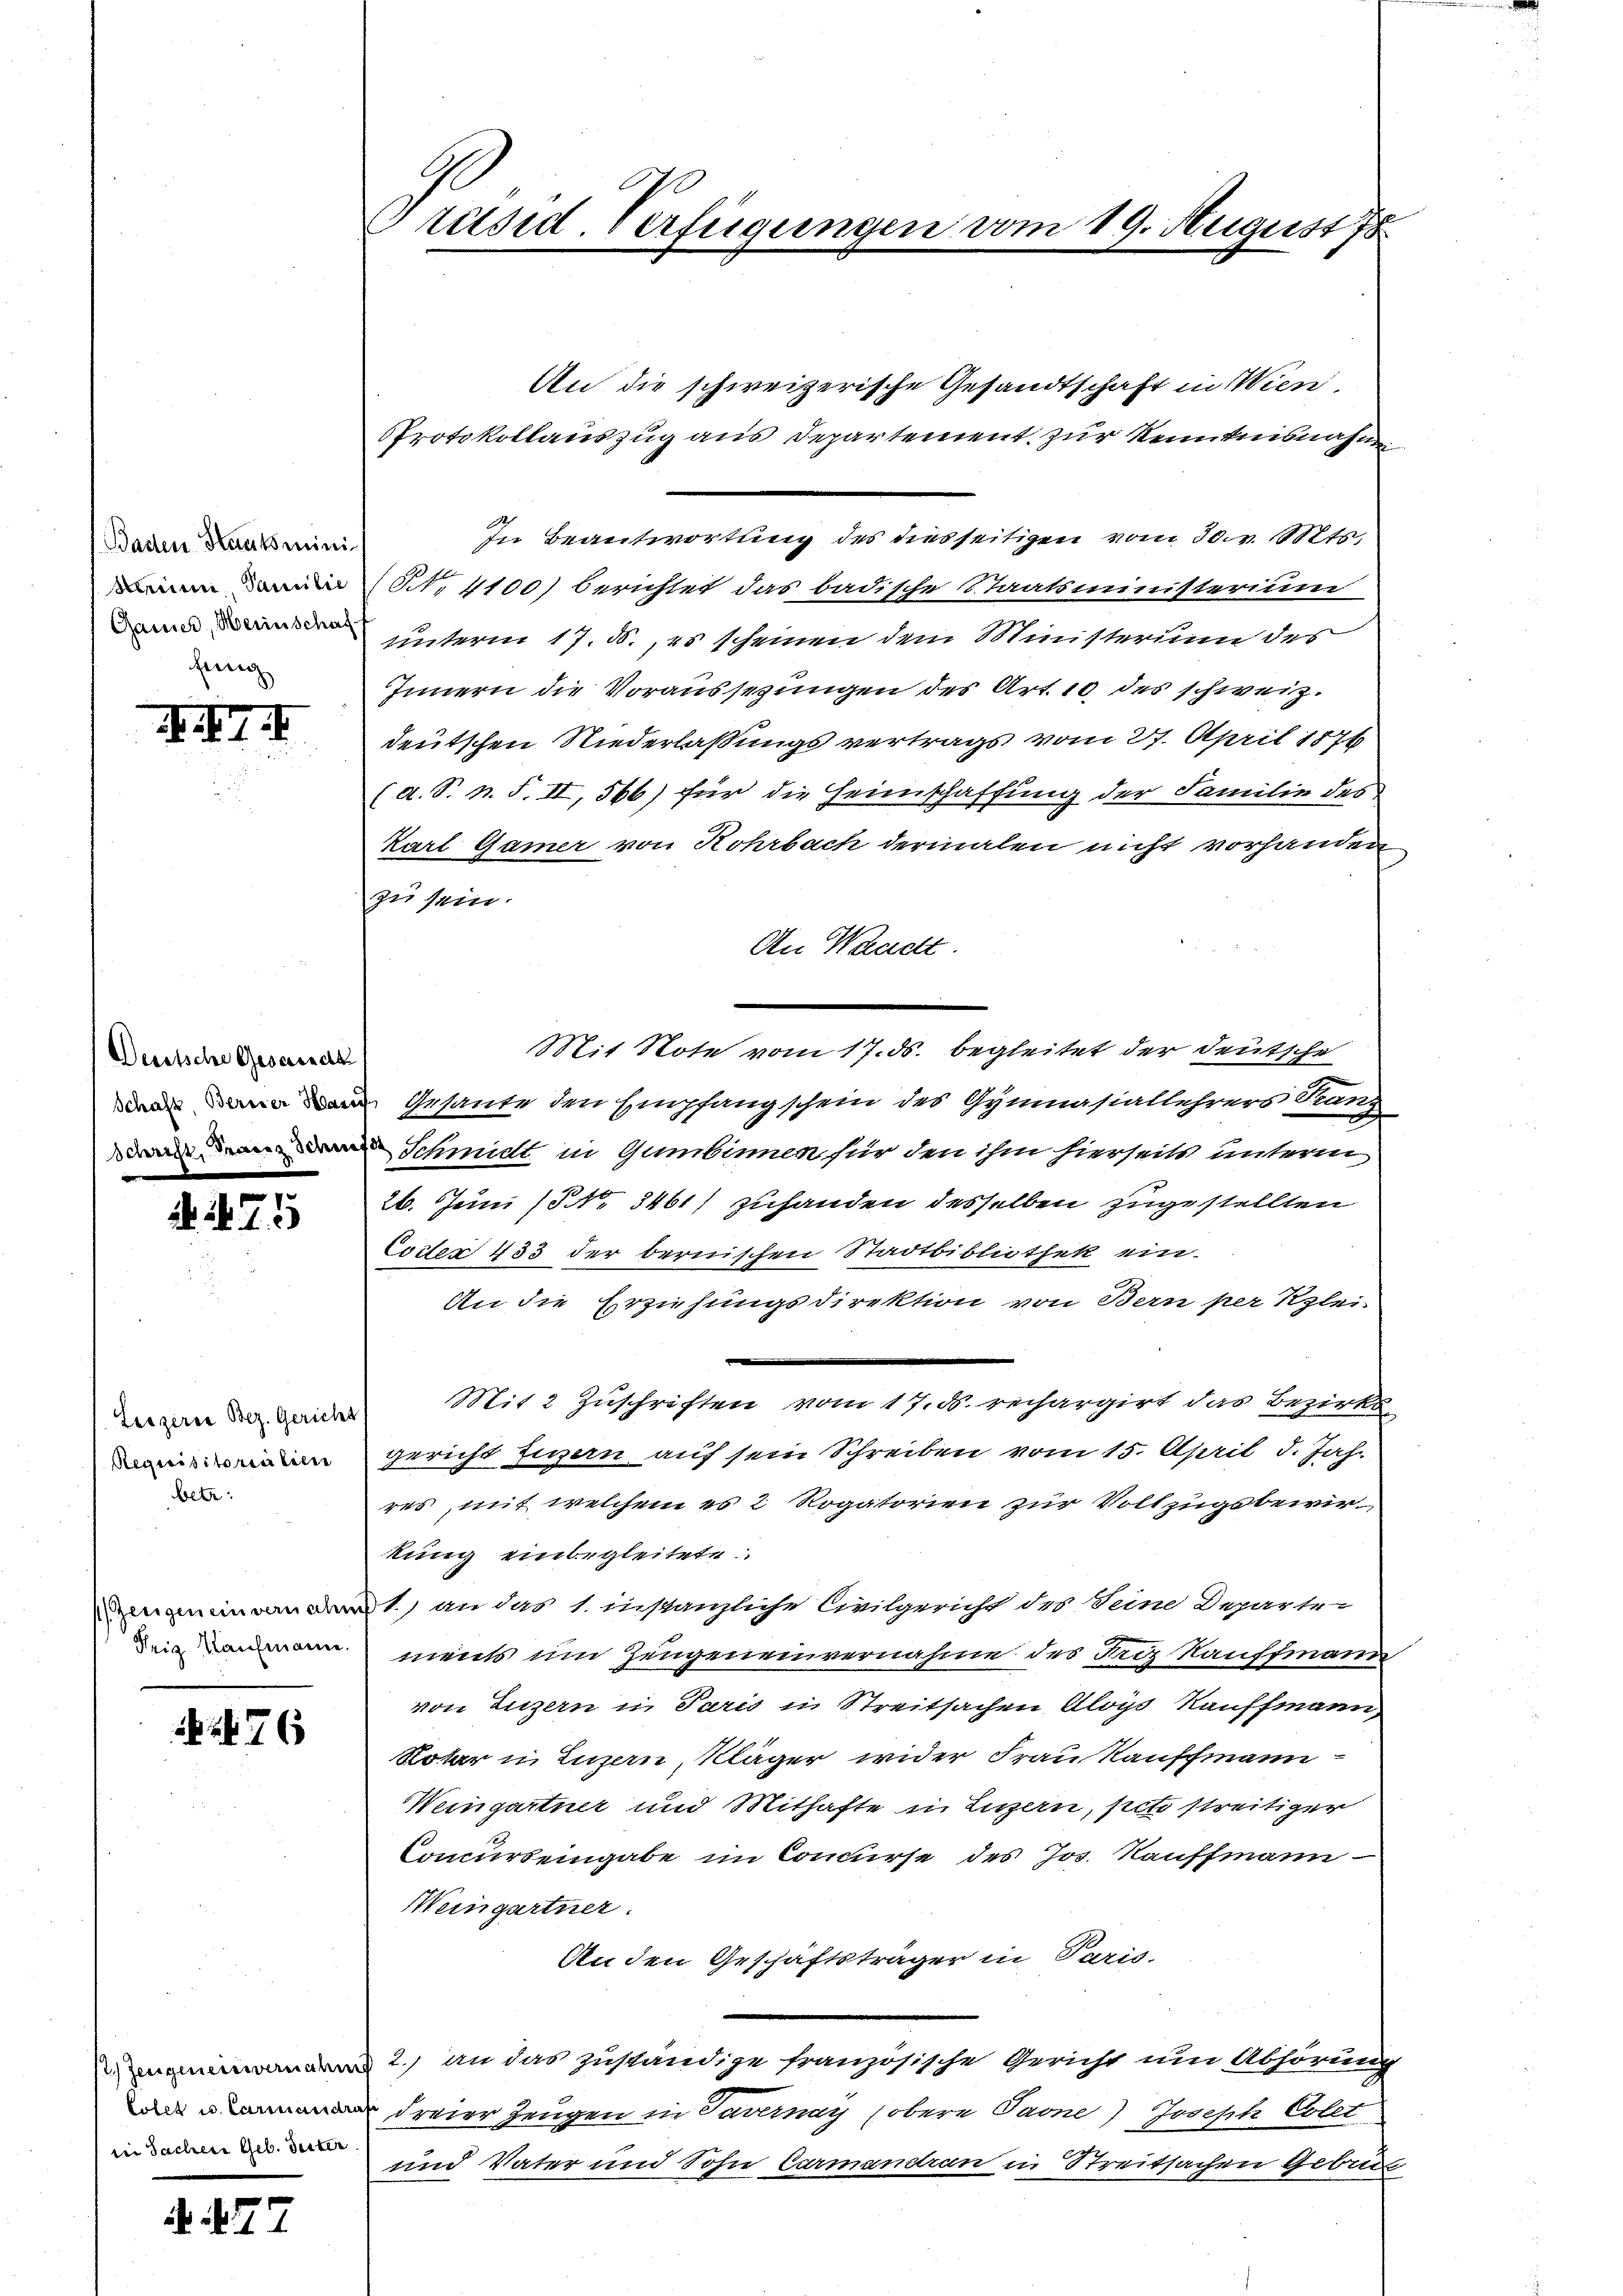
Badten Haatsmini
Seine Familie
Ganier, Heinschaf

XIII

Deutsche Gesandt
Schaft, Berner Haruf

75

Leegerie Bez. Gericht
Requisitorialisie
betr.

1) zeigen ein vernahm
Teig Kaufmann.

476

Zeugeneinvernahung
Colet u. Carinaidra
in Sachen Geb. Seiter

. 477

Präsid. Verfügungen vom 19. August 18

An die schweizerische Gesandtschaft in Wien.
In Beantwortung des diesseitigen vom 30. v. Mts.
§. 4100) berichtet das badische Staatsministerium
unterm 17. d. es scheinen dem Ministerium des
Innern die Voraussezungen des Art. 10 des schweiz.
deutschen Niederlassungsvertrags vom 27. April 1876
(A. S. n. F. II, 566) für die Heimschaffung der Familie des
Karl Gamer von Rohrbach dermalen nicht vorhanden
zu sein.
An Waadt.
Mit Note vom 17. ds. begleitet der deutsche
Gesante den Empfang schein des Gymnasiallehrers Franz
Schmidt in Gumbinnen für den ihm hierseits unterm
26. Juni (§ NNo. 3461) zuhanden desselben zugestellten
Cotter 433 der bernischen Stadtbibliothek ein
An die Erziehungsdirektion von Bern per Klei
e
Mit 2 Zuschriften vom 17. ds. rechargirt das Bezirks
gericht Eigen auf sein Schreiben vom 15. April d. Jah
res, mit welchem es 2 Rogatorien zur Vollzugsbewirkung einbegleitete
1.) an das 1. instanzliche Civilgericht des Seine Departements um Zeugeneinvernahme des Friz Kauffmann
von Luzern in Paris in Streitsachen Aloys Kauffmann
Notar in Luzern, Kläger wider Frau Kauffmann
Weingartner und Mithafte in Luzern, peto streitiger
Concurseingabe im Concurse des Jos. Kauffmann
Weingartner.
An den Geschäftsträger in Paris.
2.) an das zuständige französische Gericht um Abhörung
dreier Zeugen in Tavernay (obere Paone) Joseph Colet
und Vater und Sohn Carmandran in Streitsachen Gebrec

Protokollauszug aus Departement zur Kenntnisnahme